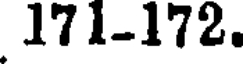
171-172.